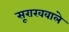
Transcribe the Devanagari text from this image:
सूराखवाले